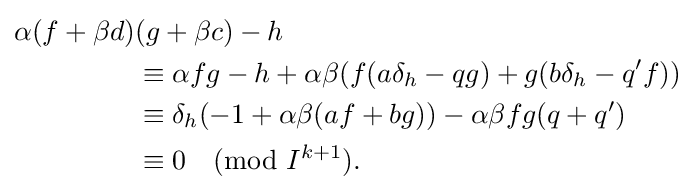
{\begin{aligned}\alpha (f+\beta d)&(g+\beta c)-h\\&\equiv \alpha fg-h+\alpha \beta (f(a\delta _{h}-qg)+g(b\delta _{h}-q'f))\\&\equiv \delta _{h}(-1+\alpha \beta (af+bg))-\alpha \beta fg(q+q')\\&\equiv 0{\pmod {I^{k+1}}}.\end{aligned}}